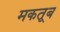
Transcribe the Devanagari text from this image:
मकतूब